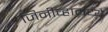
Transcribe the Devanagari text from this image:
जिनीव्हामध्ये